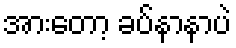
အားတော့ ခပ်နာနာပဲ